Account of plague administration in the Bombay Presidency from September 1896 till May 1897
Year: 1896
Disease focus: Plague
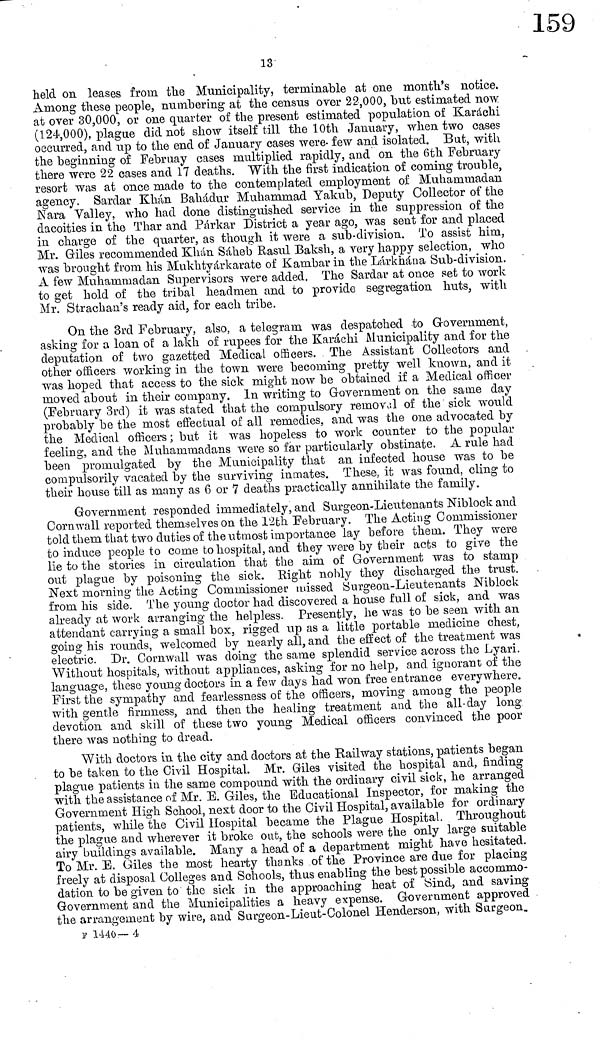
13
held on leases from, the Municipality, terminable at one month's notice.
Among these people, numbering at the census over 22,000, but estimated now
at over 30,000, or one quarter of the present estimated population of Karachi
(124,000), plague did not show itself till the 10th January, when two cases
occurred, and up to the end of January cases were· few and isolated. But, with
the beginning of Februay cases multiplied rapidly, and on the 6th February
there were 22 cases and 17 deaths. With the first indication of coming trouble,
resort was at once made to the contemplated employment of Muhammadan
agency. Sardar Khan Bahadur Muhammad Yakub, Deputy Collector of the
Nara Valley, who had done distinguished service in the suppression of the
dacoities in the Thar and Párkar District a year ago, was sent for and placed
in charge of the quarter, as though it were a sub-division. To assist him,
Mr. Giles recommended Khan Sáheb Rasul Baksh, a very happy selection, who
was brought from his Mukhtyárkarate of Kambar in the Lárkhána Sub-division.
A few Muhanmmadan Supervisors were added. The Sardar at once set to work
to get hold of the tribal headmen and to provide segregation huts, with
Mr. Strachan's ready aid, for each tribe.
On the 3rd February, also, a telegram was despatched to Government,
asking for a loan of a lakh of rupees for the Karachi Municipality and for the
deputation of two gazetted Medical officers. The Assistant Collectors and
other officers working in the town were becoming pretty well known, and it
was hoped that access to the sick might now be obtained if a Medical officer
moved about in their company. In writing to Government on the same day
(February 3rd) it was stated that the compulsory removal of the sick would
probably be the most effectual of all remedies, and was the one advocated by
the Medical officers ; but it was hopeless to work counter to the popular
feeling, and the Muhammadans were so far particularly obstinate. A rule had
been promulgated by the Municipality that an infected house was to be
compulsorily vacated by the surviving inmates. These, it was found, cling to
their house till as many as 6 or 7 deaths practically annihilate the family.
Government responded immediately, and Surgeon-Lieutenants Niblock and
Cornwall reported themselves on the 12th February. The Acting Commissioner
told them that two duties of the utmost importance lay before them. They were
to induce people to come to hospital, and they were by their acts to give the
lie to the stories in circulation that the aim of Government was to stamp
out plague by poisoning the sick. Right nobly they discharged the trust.
Next morning the Acting Commissioner missed Surgeon-Lieutenants Niblock
from his side. The young doctor had discovered a house full of sick, and was
already at work arranging the helpless. Presently, he was to be seen with an
attendant carrying a small box, rigged up as a little portable medicine chest,
going his rounds, welcomed by nearly all, and the effect of the treatment was
electric. Dr. Cornwall was doing the same splendid service across the Lyari.
Without hospitals, without appliances, asking for no help, and ignorant of the
language, these young doctors in a few days had won free entrance everywhere.
First the sympathy and fearlessness of the officers, moving among the people
with gentle firmness, and then the healing treatment and the all-day long
devotion and skill of these two young Medical officers convinced the poor
there was nothing to dread.
With doctors in the city and doctors at the Railway stations, patients began
to be taken to the Civil Hospital. Mr. Giles visited the hospital and, finding
plague patients in the same compound with the ordinary civil sick, he arranged
with the assistance of Mr. E. Giles, the Educational Inspector, for making the
Government High School, next door to the Civil Hospital, available for ordinary
patients, while the Civil Hospital became the Plague Hospital. Throughout
the plague and wherever it broke out, the schools were the only large suitable
airy buildings available. Many a head of a department might have hesitated.
To Mr. E. Giles the most hearty thanks of the Province are due for placing
freely at disposal Colleges and Schools, thus enabling the best possible accommo-
dation to be given to the sick in the approaching heat of Sind, and saving
Government and the Municipalities a heavy expense. Government approved
the arrangement by wire, and Surgeon-Lieut-Colonel Henderson, with Surgeon.
F 1440— 4